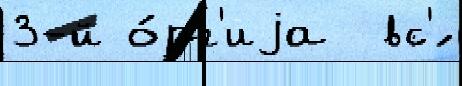
3-й о́рг'иjа  вс'́